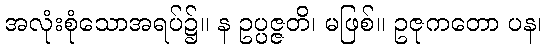
အလုံးစုံသောအရပ်၌။ န ဥပ္ပဇ္ဇတိ၊ မဖြစ်။ ဥဇုကတော ပန၊